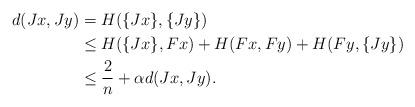
LaTeX: \begin{align*}d(Jx,Jy) & = H(\{Jx\},\{Jy\})\\ & \leq H(\{Jx\},Fx) + H(Fx,Fy) + H(Fy,\{Jy\})\\ & \leq \frac{2}{n} + \alpha d(Jx,Jy).\end{align*}